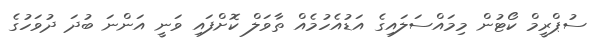
ސުޕްރީމް ކޯޓުން މިމައްސަލައިގެ އަޑުއެހުމެއް ތާވަލް ކޮށްފައި ވަނީ އަންނަ ބުދަ ދުވަހުގެ